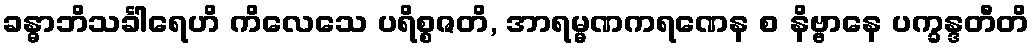
ခန္ဓာဘိသင်္ခါရေဟိ ကိလေသေ ပရိစ္စဇတိ, အာရမ္မဏကရဏေန စ နိဗ္ဗာနေ ပက္ခန္ဒတီတိ